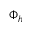
\Phi _ { h }